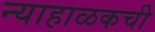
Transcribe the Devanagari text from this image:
न्याहाळकची